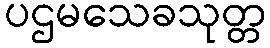
ပဌမသေခသုတ္တ